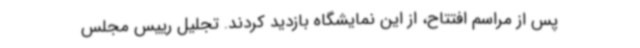
پس از مراسم افتتاح، از این نمایشگاه بازدید کردند. تجلیل رییس مجلس